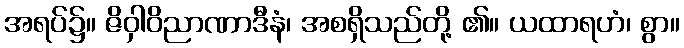
အရပ်၌။ ဇိဝှါဝိညာဏာဒီနံ၊ အစရှိသည်တို့ ၏။ ယထာရဟံ၊ စွာ။